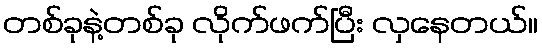
တစ်ခုနဲ့တစ်ခု လိုက်ဖက်ပြီး လှနေတယ်။